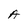
Character: A